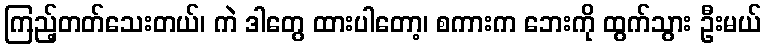
ကြည့်တတ်သေးတယ်၊ ကဲ ဒါတွေ ထားပါတော့၊ စကားက ဘေးကို ထွက်သွား ဦးမယ်